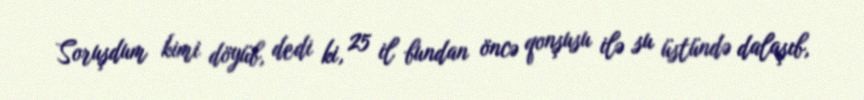
Soruşdum kimi döyüb, dedi ki, 25 il bundan öncə qonşusu ilə su üstündə dalaşıb,